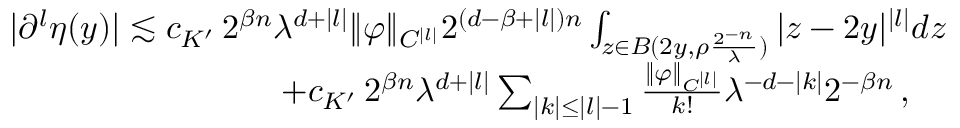
\begin{array} { r l } & { | \partial ^ { l } \eta ( y ) | \lesssim c _ { K ^ { \prime } } \, 2 ^ { \beta n } \lambda ^ { d + | l | } \| \varphi \| _ { C ^ { | l | } } 2 ^ { ( d - \beta + | l | ) n } \int _ { z \in B ( 2 y , \rho \frac { 2 ^ { - n } } { \lambda } ) } | z - 2 y | ^ { | l | } d z } \\ & { \qquad \qquad \qquad \qquad + c _ { K ^ { \prime } } \, 2 ^ { \beta n } \lambda ^ { d + | l | } \sum _ { | k | \leq | l | - 1 } \frac { \| \varphi \| _ { C ^ { | l | } } } { k ! } \lambda ^ { - d - | k | } 2 ^ { - \beta n } \, , } \end{array}